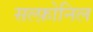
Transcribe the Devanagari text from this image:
सल्फ़ोनिल